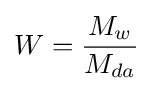
W={\frac {M_{w}}{M_{da}}}